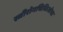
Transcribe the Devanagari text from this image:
स्त्रीरोगचिकित्सेचा